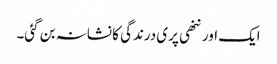
ایک اور ننھی پری درندگی کا نشانہ بن گئی۔